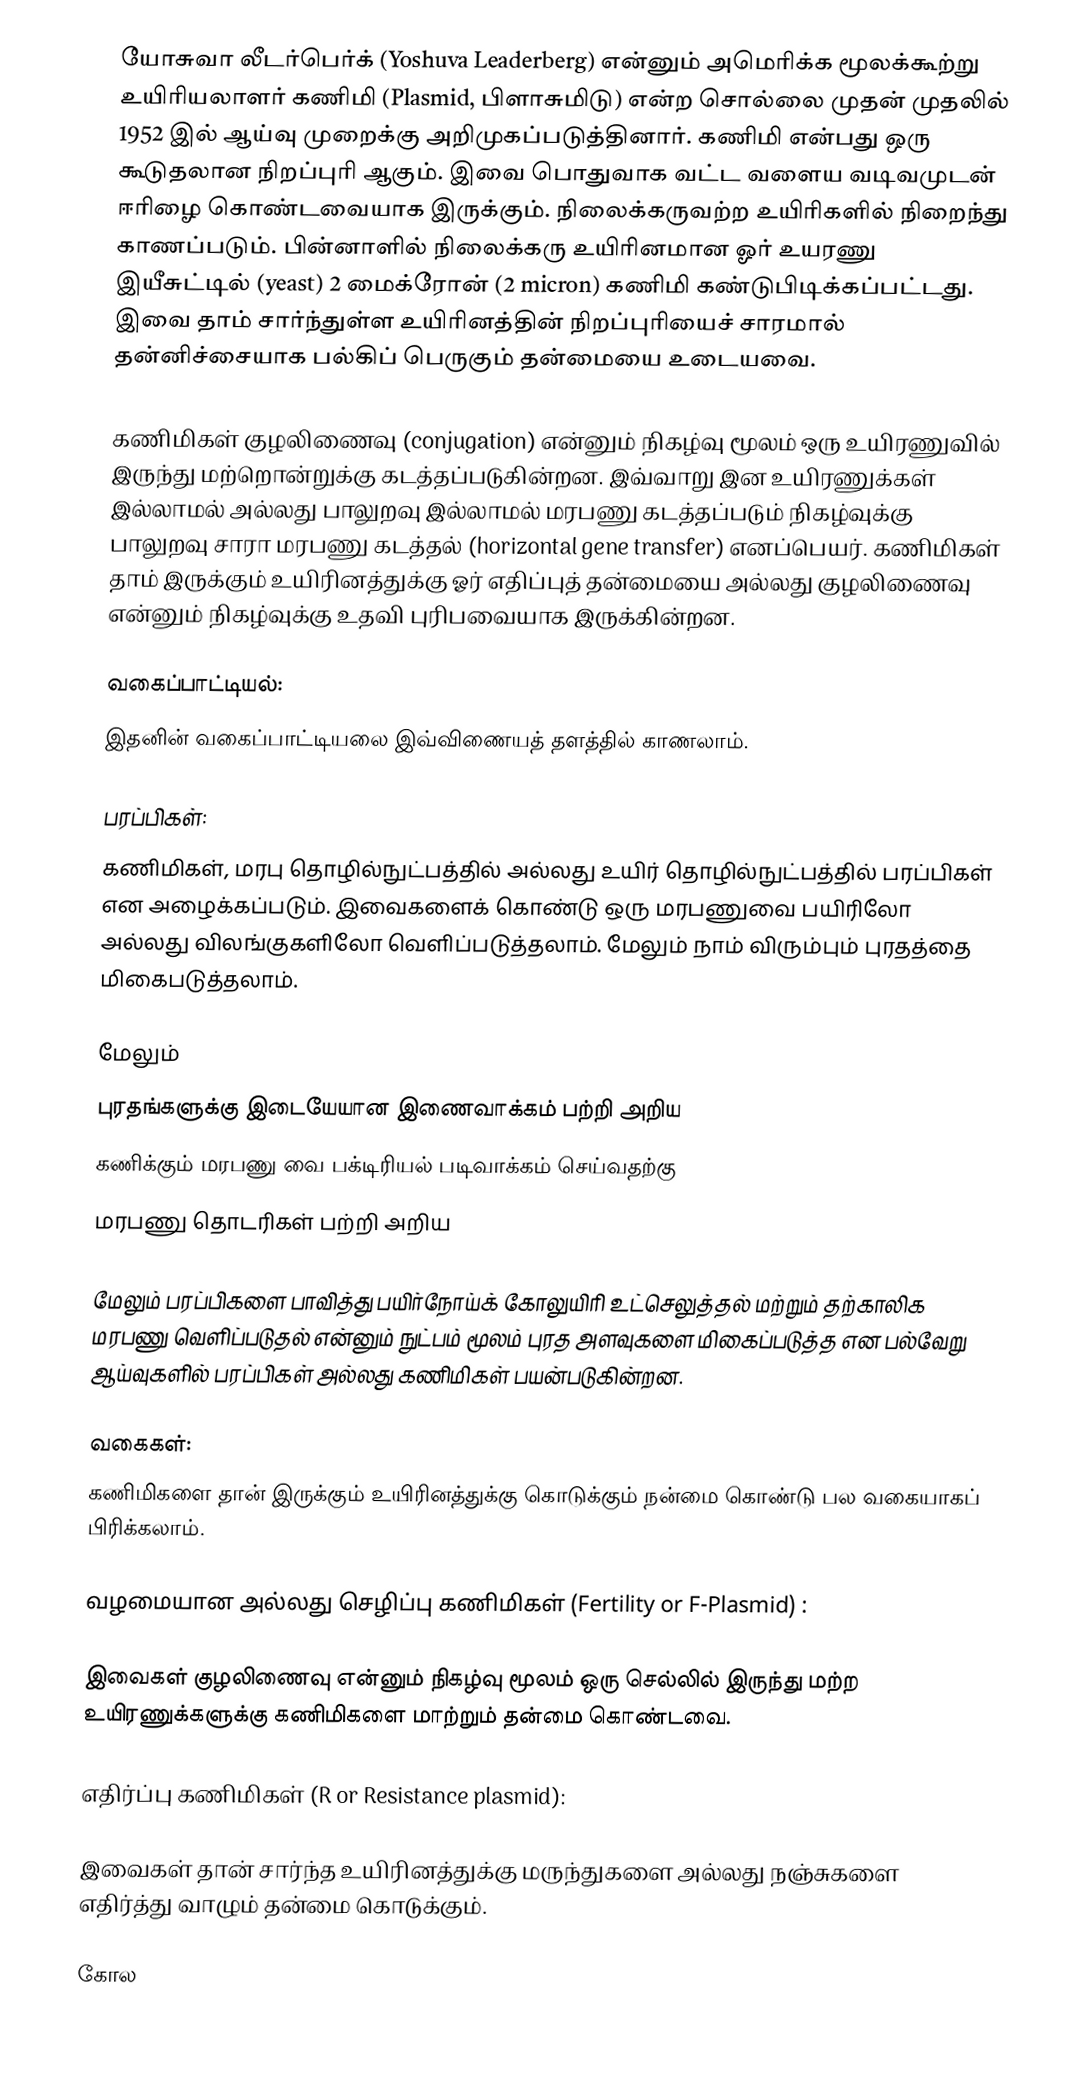
யோசுவா லீடர்பெர்க் (Yoshuva Leaderberg) என்னும் அமெரிக்க மூலக்கூற்று உயிரியலாளர்  கணிமி (Plasmid, பிளாசுமிடு) என்ற சொல்லை முதன் முதலில் 1952 இல் ஆய்வு முறைக்கு அறிமுகப்படுத்தினார். கணிமி என்பது ஒரு கூடுதலான நிறப்புரி ஆகும். இவை பொதுவாக வட்ட வளைய வடிவமுடன் ஈரிழை கொண்டவையாக இருக்கும். நிலைக்கருவற்ற உயிரிகளில் நிறைந்து காணப்படும். பின்னாளில் நிலைக்கரு உயிரினமான ஓர் உயரணு இயீசுட்டில் (yeast) 2 மைக்ரோன் (2 micron) கணிமி கண்டுபிடிக்கப்பட்டது.  இவை தாம் சார்ந்துள்ள உயிரினத்தின் நிறப்புரியைச் சாரமால் தன்னிச்சையாக பல்கிப் பெருகும் தன்மையை உடையவை.

கணிமிகள் குழலிணைவு (conjugation) என்னும் நிகழ்வு மூலம் ஒரு உயிரணுவில் இருந்து மற்றொன்றுக்கு கடத்தப்படுகின்றன. இவ்வாறு இன உயிரணுக்கள் இல்லாமல் அல்லது பாலுறவு இல்லாமல் மரபணு கடத்தப்படும் நிகழ்வுக்கு பாலுறவு சாரா மரபணு கடத்தல் (horizontal gene transfer) எனப்பெயர். கணிமிகள் தாம் இருக்கும் உயிரினத்துக்கு ஓர் எதிப்புத் தன்மையை அல்லது குழலிணைவு  என்னும் நிகழ்வுக்கு உதவி புரிபவையாக இருக்கின்றன.

வகைப்பாட்டியல்:
இதனின் வகைப்பாட்டியலை இவ்விணையத்  தளத்தில் காணலாம்.

பரப்பிகள்:
கணிமிகள், மரபு தொழில்நுட்பத்தில் அல்லது உயிர் தொழில்நுட்பத்தில் பரப்பிகள் என அழைக்கப்படும். இவைகளைக் கொண்டு ஒரு மரபணுவை பயிரிலோ அல்லது விலங்குகளிலோ வெளிப்படுத்தலாம். மேலும் நாம் விரும்பும் புரதத்தை மிகைபடுத்தலாம்.

மேலும்
 புரதங்களுக்கு இடையேயான இணைவாக்கம்  பற்றி அறிய
 கணிக்கும் மரபணு வை பக்டிரியல் படிவாக்கம் செய்வதற்கு
 மரபணு தொடரிகள் பற்றி அறிய

மேலும் பரப்பிகளை பாவித்து பயிர்நோய்க் கோலுயிரி உட்செலுத்தல் மற்றும் தற்காலிக மரபணு வெளிப்படுதல் என்னும் நுட்பம் மூலம் புரத அளவுகளை மிகைப்படுத்த என பல்வேறு ஆய்வுகளில் பரப்பிகள் அல்லது கணிமிகள் பயன்படுகின்றன.

வகைகள்:
கணிமிகளை தான் இருக்கும் உயிரினத்துக்கு கொடுக்கும் நன்மை கொண்டு பல வகையாகப் பிரிக்கலாம்.

வழமையான அல்லது செழிப்பு கணிமிகள் (Fertility or F-Plasmid) :

இவைகள் குழலிணைவு  என்னும் நிகழ்வு மூலம் ஒரு செல்லில் இருந்து மற்ற உயிரணுக்களுக்கு கணிமிகளை மாற்றும் தன்மை கொண்டவை.

எதிர்ப்பு கணிமிகள் (R or Resistance plasmid):

இவைகள் தான் சார்ந்த உயிரினத்துக்கு மருந்துகளை அல்லது நஞ்சுகளை எதிர்த்து வாழும் தன்மை கொடுக்கும்.

கோல